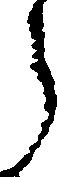
う